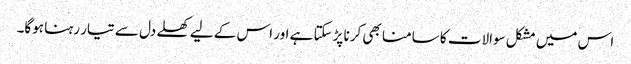
اس میں مشکل سوالات کا سامنا بھی کرنا پڑسکتا ہے اور اس کے لیے کھلے دل سے تیار رہنا ہوگا۔